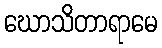
ဃောသိတာရာမေ